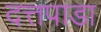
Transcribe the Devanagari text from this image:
दत्तपाडा